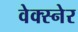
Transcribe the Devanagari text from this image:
वेक्स्नेर